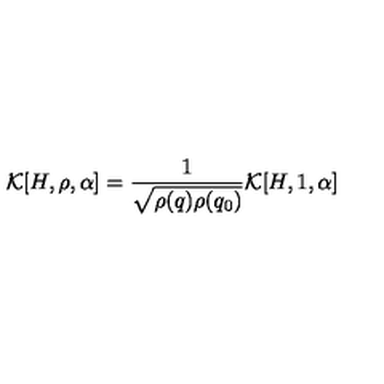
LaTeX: { \cal K } [ H , \rho , \alpha ] = \frac { 1 } { \sqrt { \rho ( q ) \rho ( q _ { 0 } ) } } { \cal K } [ H , 1 , \alpha ]